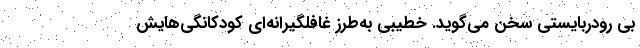
بی رودربایستی سخن می‌گوید. خطیبی به‌طرزِ غافلگیرانه‌ای کودکانگی‌هایش